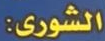
الشورى: